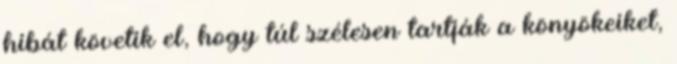
hibát követik el, hogy túl szélesen tartják a könyökeiket,